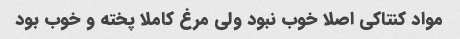
مواد کنتاکی اصلا خوب نبود ولی مرغ کاملا پخته و خوب بود